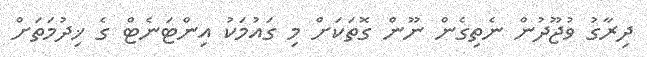
ދިރާގު ވުޖޫދުން ނެތިގެން ނޫން ގޮތަކަށް މި ގައުމަކު އިންޓަނެޓް ގެ ޚިދުމަތަށް